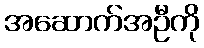
အဆောက်အဦကို